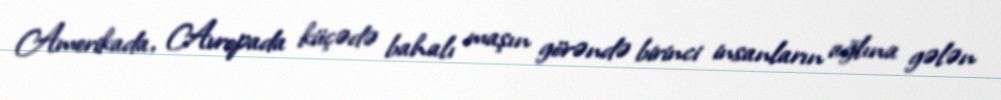
Amerikada, Avropada küçədə bahalı maşın görəndə birinci insanların ağlına gələn